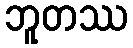
ဘူတဿ